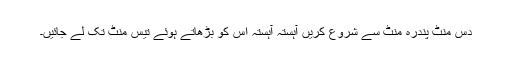
دس منٹ پندرہ منٹ سے شروع کریں آہستہ آہستہ اس کو بڑھاتے ہوئے تیس منٹ تک لے جائیں۔